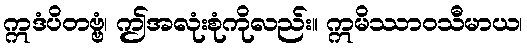
ဣဒံပိတဗ္ဗံ၊ ဤအလုံးစုံကိုလည်း။ ဣမိဿာဝသီမာယ၊